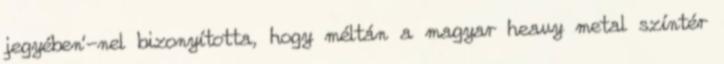
jegyében’-nel bizonyította, hogy méltán a magyar heavy metal színtér